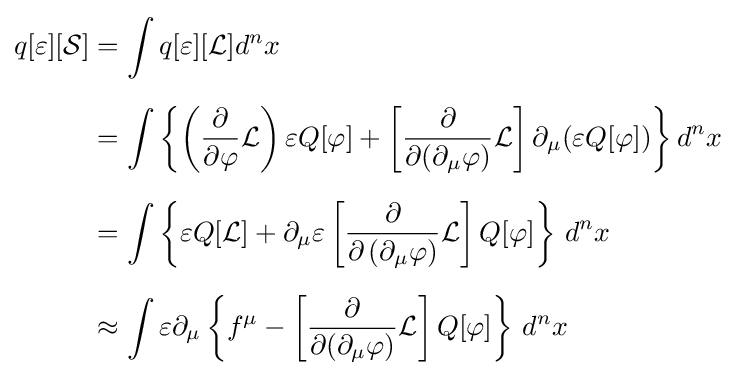
{\begin{aligned}q[\varepsilon ][{\mathcal {S}}]&=\int q[\varepsilon ][{\mathcal {L}}]d^{n}x\\[6pt]&=\int \left\{\left({\frac {\partial }{\partial \varphi }}{\mathcal {L}}\right)\varepsilon Q[\varphi ]+\left[{\frac {\partial }{\partial (\partial _{\mu }\varphi )}}{\mathcal {L}}\right]\partial _{\mu }(\varepsilon Q[\varphi ])\right\}d^{n}x\\[6pt]&=\int \left\{\varepsilon Q[{\mathcal {L}}]+\partial _{\mu }\varepsilon \left[{\frac {\partial }{\partial \left(\partial _{\mu }\varphi \right)}}{\mathcal {L}}\right]Q[\varphi ]\right\}\,d^{n}x\\[6pt]&\approx \int \varepsilon \partial _{\mu }\left\{f^{\mu }-\left[{\frac {\partial }{\partial (\partial _{\mu }\varphi )}}{\mathcal {L}}\right]Q[\varphi ]\right\}\,d^{n}x\end{aligned}}